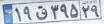
۱۹ق۳۹۵۲۹